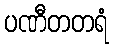
ပဏီတတရံ